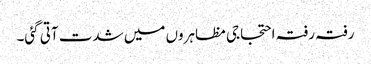
رفتہ رفتہ احتجاجی مظاہروں میں شدت آتی گئی۔